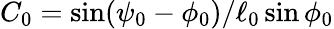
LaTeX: C_{0}=\sin(\psi_{0}-\phi_{0})/\ell_{0}\sin\phi_{0}